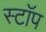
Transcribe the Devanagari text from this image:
स्टाॅप